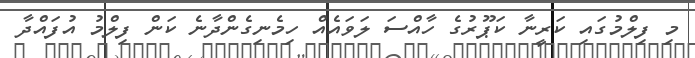
މި ފިލްމުގައި ކަރީނާ ކަޕޫރުގެ ހާއްސަ ލަވައެއް ހިމެނިގެންދާނެ ކަން ފިލްމު އުފައްދާ